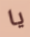
يا